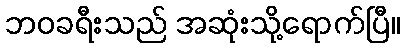
ဘဝခရီးသည် အဆုံးသို့ရောက်ပြီ။